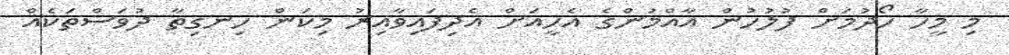
މި މީހާ ހޯދުމަށް ފުލުހުން އާއްމުންގެ އެހީއަށް އެދިފައިވާއިރު މިކަން ހިނގިތާ ދުވަސްތަކެއް